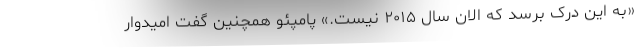
«به این درک برسد که الان سال ۲۰۱۵ نیست.» پامپئو همچنین گفت امیدوار